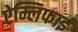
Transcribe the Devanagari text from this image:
ऐम्लिफाई